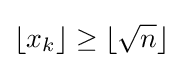
\lfloor x_{k}\rfloor \geq \lfloor {\sqrt {n}}\rfloor